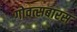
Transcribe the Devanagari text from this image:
गोवत्सबारस